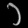
Digit: ၁